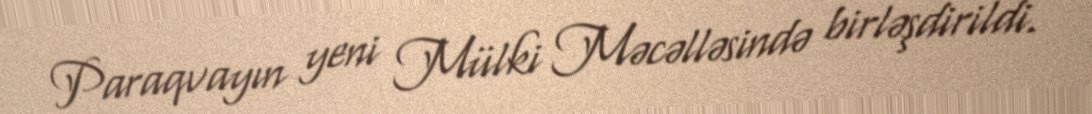
Paraqvayın yeni Mülki Məcəlləsində birləşdirildi.